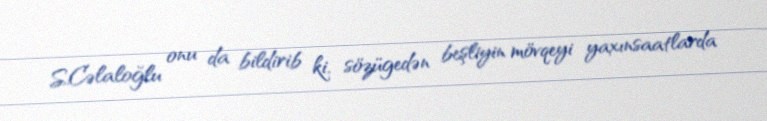
S.Cəlaloğlu onu da bildirib ki, sözügedən beşliyin mövqeyi yaxınsaatlarda